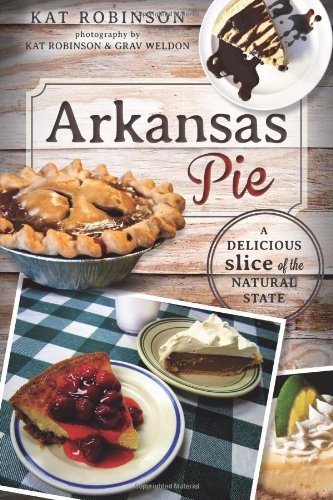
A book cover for Arkansas Pie:: A Delicious Slice of The Natural State (American Palate); Kat Robinson; Cookbooks, Food & Wine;